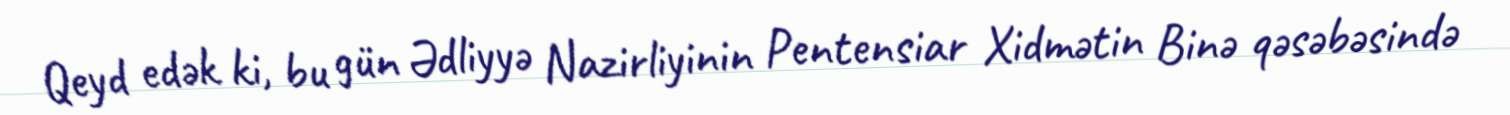
Qeyd edək ki, bu gün Ədliyyə Nazirliyinin Pentensiar Xidmətin Binə qəsəbəsində